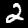
Digit: 2